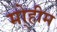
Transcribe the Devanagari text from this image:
मो्हीम